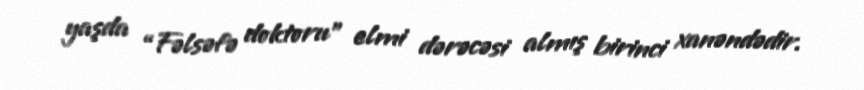
yaşda “Fəlsəfə doktoru” elmi dərəcəsi almış birinci xanəndədir.